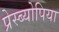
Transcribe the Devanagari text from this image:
प्रेस्ब्योपिया